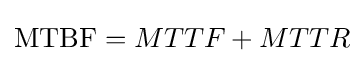
{\text{MTBF}}=MTTF+MTTR\!